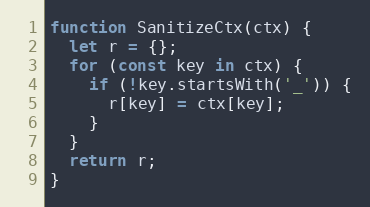
Language: JavaScript
function SanitizeCtx(ctx) {
  let r = {};
  for (const key in ctx) {
    if (!key.startsWith('_')) {
      r[key] = ctx[key];
    }
  }
  return r;
}